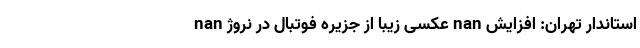
nan عکسی زیبا از جزیره فوتبال در نروژ nan استاندار تهران: افزایش